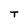
Character: T